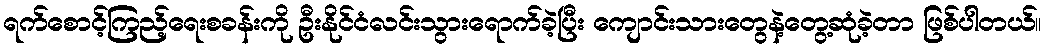
ရက်စောင့်ကြည့်ရေးစခန်းကို ဦးနိုင်ငံလင်းသွားရောက်ခဲ့ပြီး ကျောင်းသားတွေနဲ့တွေ့ဆုံခဲ့တာ ဖြစ်ပါတယ်။